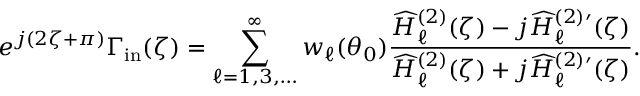
e ^ { j ( 2 \zeta + \pi ) } \Gamma _ { \mathrm { i n } } ( \zeta ) = \sum _ { \ell = 1 , 3 , \ldots } ^ { \infty } w _ { \ell } ( \theta _ { 0 } ) \frac { \widehat { H } _ { \ell } ^ { ( 2 ) } ( \zeta ) - j \widehat { H } _ { \ell } ^ { ( 2 ) \prime } ( \zeta ) } { \widehat { H } _ { \ell } ^ { ( 2 ) } ( \zeta ) + j \widehat { H } _ { \ell } ^ { ( 2 ) \prime } ( \zeta ) } .